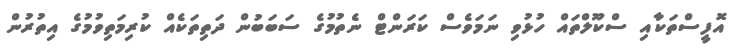
އޮފީސްތަކާއި ސްކޫލްތައް ހުޅުވި ނަމަވެސް ކަރަންޓް ނެތުމުގެ ސަބަބުން ދަތިތަކެއް ކުރިމަތިވުމުގެ އިތުރުން